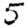
Digit: 5